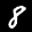
Label: 8